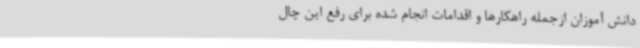
دانش آموزان ازجمله راهکارها و اقدامات انجام ‌شده برای رفع این چال